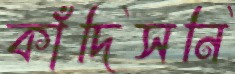
কাঁদিসনি